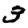
Digit: 3